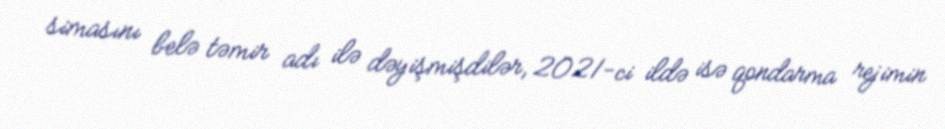
simasını belə təmir adı ilə dəyişmişdilər, 2021-ci ildə isə qondarma rejimin